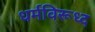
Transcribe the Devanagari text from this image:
धर्मविरूध्द